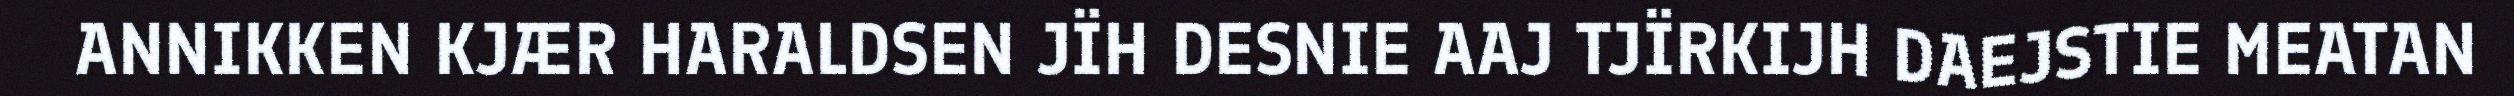
ANNIKKEN KJÆR HARALDSEN JÏH DESNIE AAJ TJÏRKIJH DAEJSTIE MEATAN